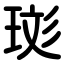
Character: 珳